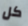
كل